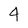
Character: 4